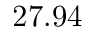
2 7 . 9 4